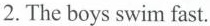
2.The boys swim fast.